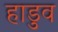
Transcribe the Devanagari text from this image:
हाडुव